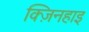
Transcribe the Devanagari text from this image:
क्ज़िनहाइ